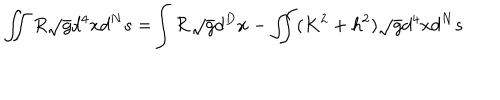
LaTeX: \int \! \! \! \! \int R \sqrt { g } d ^ { 4 } x d ^ { N } s = \! \int { \cal R } \sqrt { g } d ^ { D } x - \int \! \! \! \! \int ( K ^ { 2 } + h ^ { 2 } ) \sqrt { g } d ^ { 4 } x d ^ { N } s